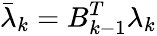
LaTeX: \bar{\lambda}_{k}=B_{k-1}^{T}\lambda_{k}